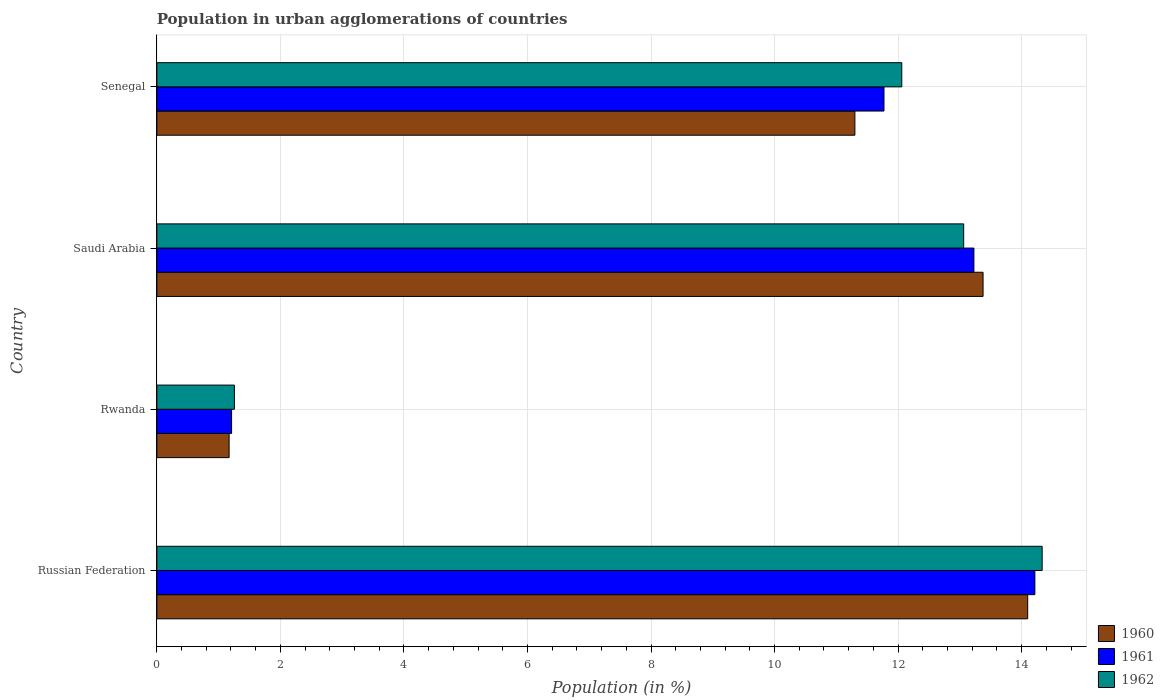
| Country | 1960 | 1961 | 1962 |
 | --- | --- | --- | --- |
 | Russian Federation | 14.1 | 14.2 | 14.3 |
 | Rwanda | 1.17 | 1.21 | 1.26 |
 | Saudi Arabia | 13.4 | 13.2 | 13.1 |
 | Senegal | 11.3 | 11.8 | 12.1 |